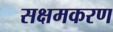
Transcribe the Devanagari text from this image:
सक्षमकरण